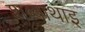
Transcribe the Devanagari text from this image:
शब्बाथाइ